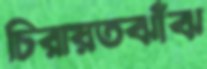
চিরায়তঝাঁঝ